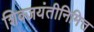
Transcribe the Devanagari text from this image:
शिवजयंतीनिमित्त